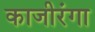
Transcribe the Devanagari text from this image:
काजीरंगा